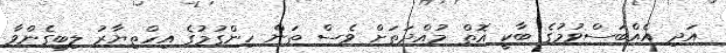
އަދި އެއްބަސްވުމުގެ ބާކީ އޮތް މުއްދަތަށް ވެސް ތަން ހިންގުމުގެ އިހްތިޔާރު ލިބިގެންވާ